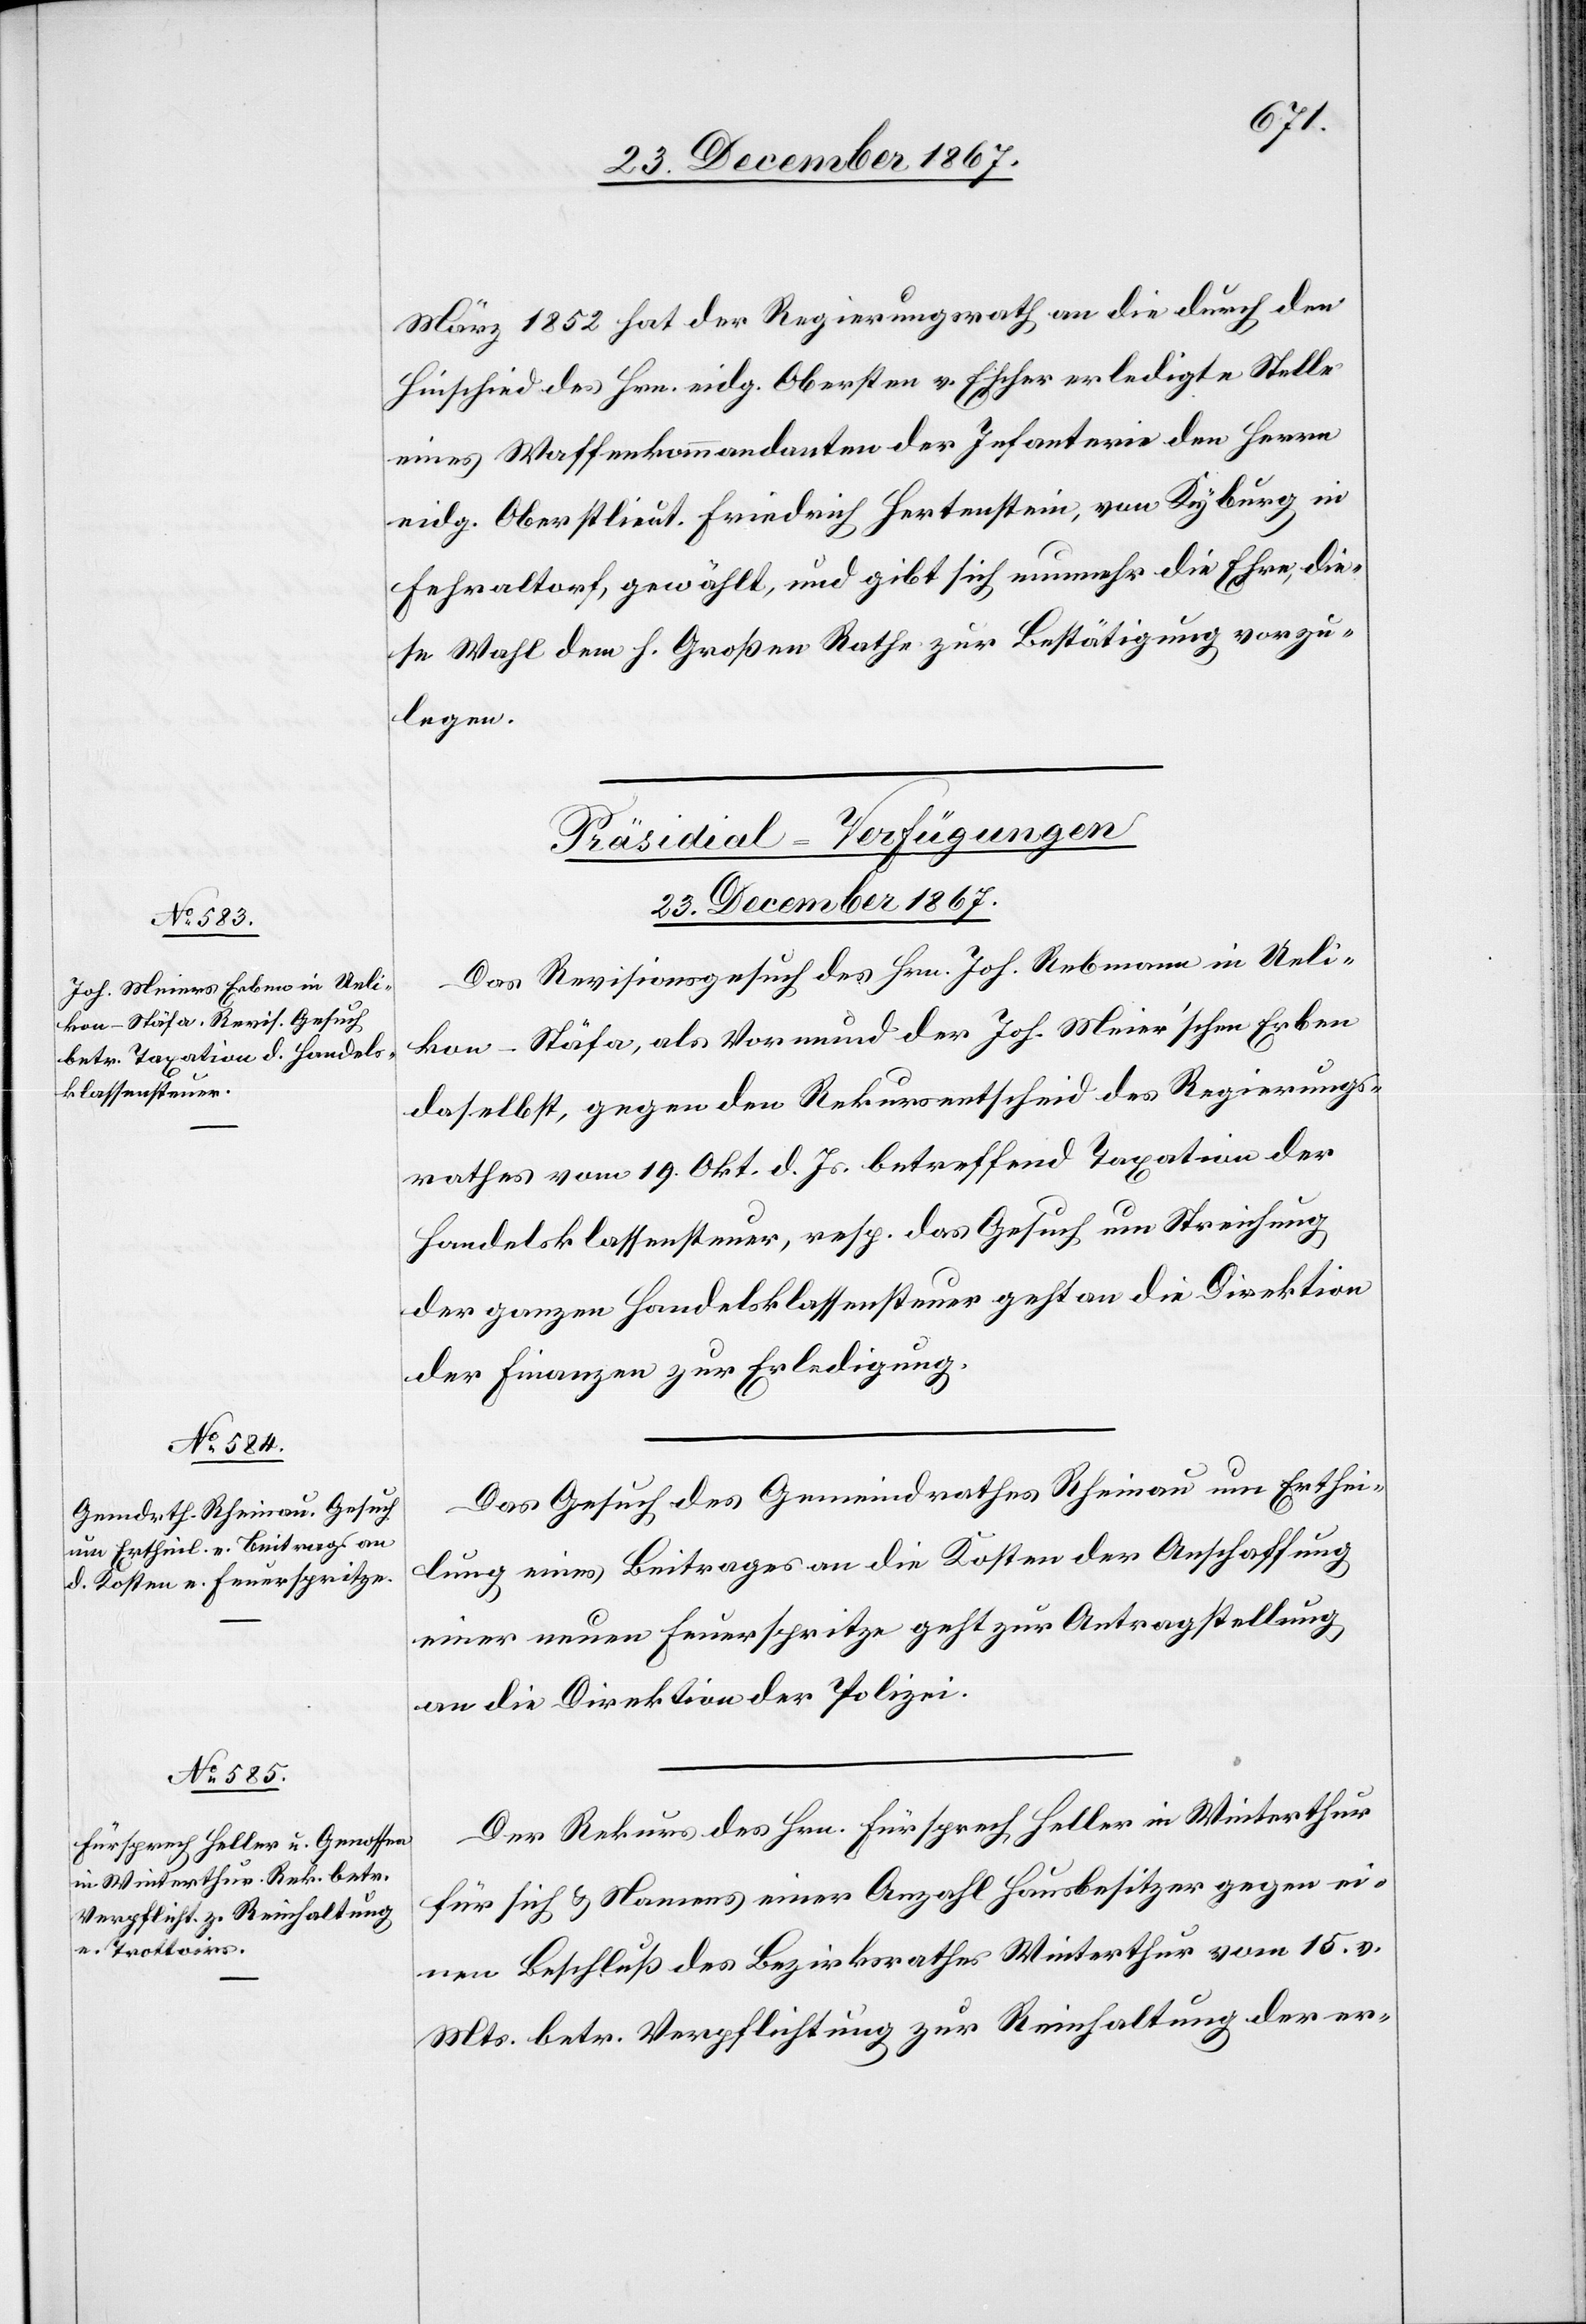
23. December 1867.]
März 1852 hat der Regierungsrath an die durch den
Hinschied des Hrn. eidg. Obersten v. Escher erledigte Stelle
eines Waffenkommandanten der Infanterie den Herrn
eidg. Oberstlieut. Friedrich Hertenstein, von Kyburg, in
Fehraltorf, gewählt, und gibt sich nunmehr die Ehre, die¬
se Wahl dem h. Großen Rathe zur Bestätigung vorzu¬
legen.
[Präsidial-Verfügungen.
Das Revisionsgesuch des Hrn. Joh. Rebmann in Ueli¬
kon - Stäfa, als Vormund der Joh. Meier’schen Erben
daselbst, gegen den Rekursentscheid des Regierungs¬
rathes vom 19. Okt. d. Js. betreffend Taxation der
Handelsklassensteuer, resp. das Gesuch um Streichung
der ganzen Handelsklassensteuer geht an die Direktion
der Finanzen zur Erledigung.
Das Gesuch des Gemeindrathes Rheinau um Erthei¬
lung eines Beitrages an die Kosten der Anschaffung
einer neuen Feuerspritze geht zur Antragstellung
an die Direktion der Polizei.
Der Rekurs des Hrn. Fürsprech Heller in Winterthur
für sich u. Namens einer Anzahl Hausbesitzer gegen ei¬
nen Beschluß des Bezirksrathes Winterthur vom 15. v.
Mts. betr. Verpflichtung zur Reinhaltung der er-